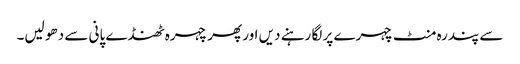
سے پندرہ منٹ چہرے پر لگا رہنے دیں اور پھر چہرہ ٹھنڈے پانی سے دھو لیں۔